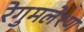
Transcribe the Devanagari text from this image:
रेगुमलेश्ण